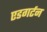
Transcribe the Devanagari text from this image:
एडगर्टन